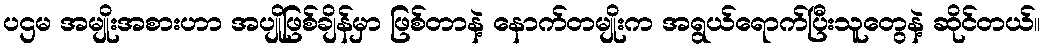
ပဌမ အမျိုးအစားဟာ အပျိုဖြစ်ချိန်မှာ ဖြစ်တာနဲ့ နောက်တမျိုးက အရွယ်ရောက်ပြီးသူတွေနဲ့ ဆိုင်တယ်။